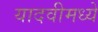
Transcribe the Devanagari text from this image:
यादवीमध्ये